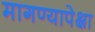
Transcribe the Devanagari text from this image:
मागण्यापेक्षा